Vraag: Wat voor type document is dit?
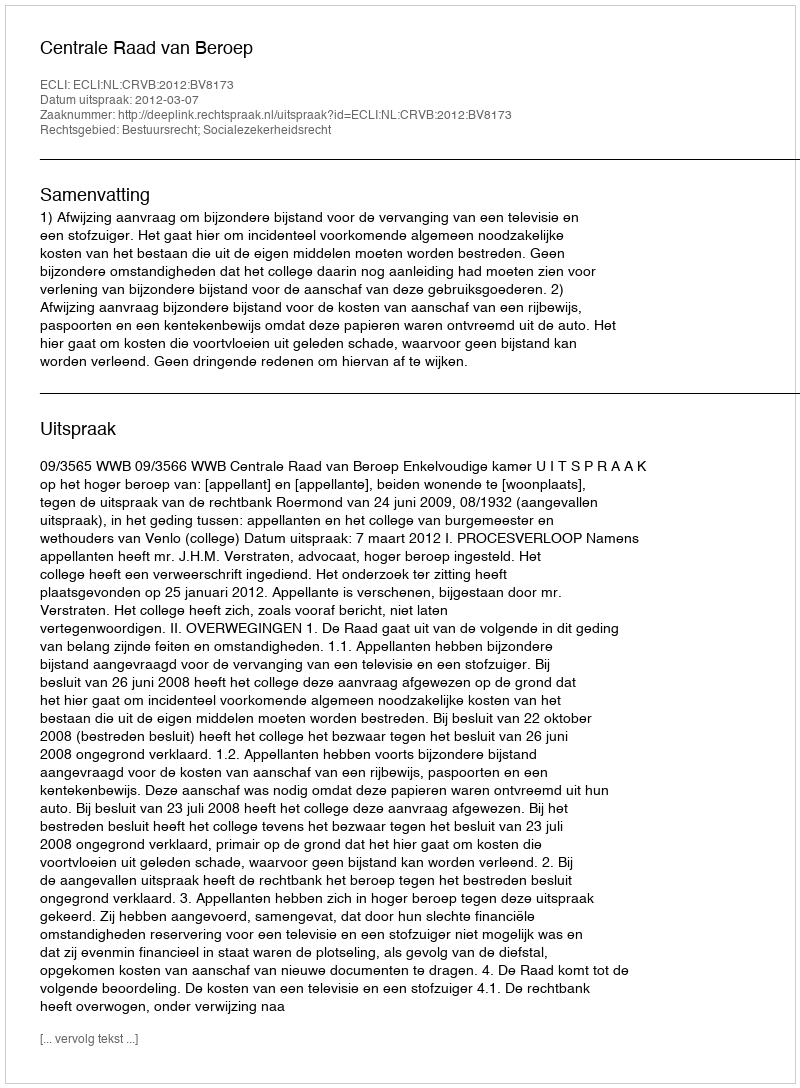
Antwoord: Uitspraak